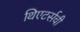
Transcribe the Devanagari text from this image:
थिएटर्सची